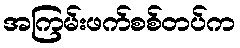
အကြမ်းဖက်စစ်တပ်က